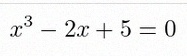
x^3-2x+5=0